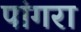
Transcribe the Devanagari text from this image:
पांगरा